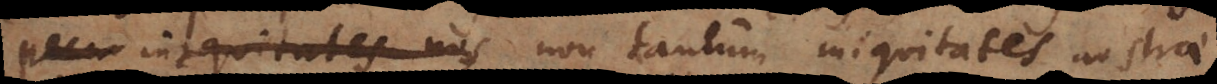
reconciliatis non tantum iniquitates nostrae